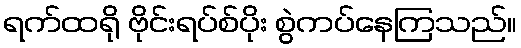
ရက်ထရို ဗိုင်းရပ်စ်ပိုး စွဲကပ်နေကြသည်။